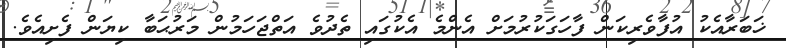
ޚަބަރާއެކު އުފާވެރިކަން ފާހަގަކުރުމަށް އެންމެ އެކުގައި ތެދުވެ އަތްޖަހަމުން މަރުޙަބާ ކިޔަން ފެށިއެވެ.